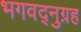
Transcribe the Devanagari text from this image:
भगवद्नुग्रह